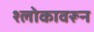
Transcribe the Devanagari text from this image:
श्लोकावरून